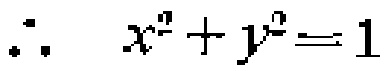
\(\therefore \quad x^{2}+y^{2}=1\)